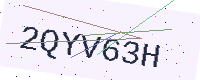
Text: 2QYV63H